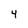
Character: 4